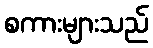
စကားများသည်